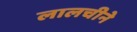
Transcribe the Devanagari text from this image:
लालचीने